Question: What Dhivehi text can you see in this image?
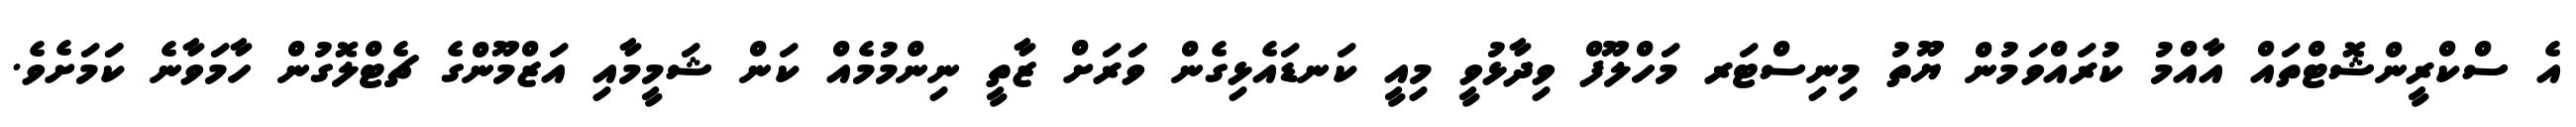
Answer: އެ ސްކްރީންޝޮޓްތައް އާއްމު ކުރައްވަމުން ޔޫތު މިނިސްޓަރ މަހްލޫފް ވިދާޅުވީ މިއީ ކަނޑައެޅިގެން ވަަރަށް ޒާތީ ނިންމުމެއް ކަން ޝަމީމާއި އަޒްމޫންގެ ޗެޓްލޮގުން ހާމަވާނެ ކަަމަށެވެ.